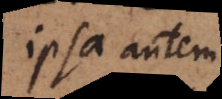
ipsa autem